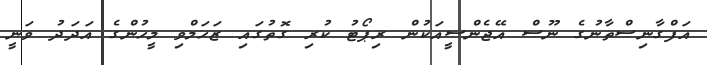
އަފްގާނިސްތާނުގެ ނޫސް އޭޖެންސީއަކުން ރިޕޯޓު ކުރި ގޮތުގައި ޒަހަމްވި މީހުންގެ އަދަދު ވަނީ